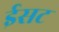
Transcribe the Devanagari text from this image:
ईसट